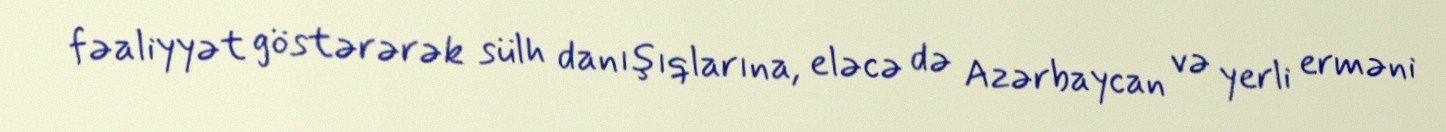
fəaliyyət göstərərək sülh danışıqlarına, eləcə də Azərbaycan və yerli erməni